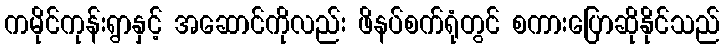
ကမိုင်ကုန်းရွာနှင့် အဆောင်ကိုလည်း ဖိနပ်စက်ရုံတွင် စကားပြောဆိုနိုင်သည်